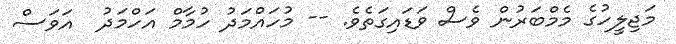
މަޖިލީހުގެ މެމްބަރުން ވެސް ވަޑައިގަތެވެ. -- މުހައްމަދު ހުމާމް އަހްމަދު  އަވަސް